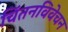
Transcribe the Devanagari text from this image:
चिंतनविवेचन